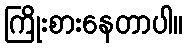
ကြိုးစားနေတာပါ။